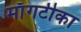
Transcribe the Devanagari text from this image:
माँगटीका